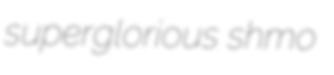
superglorious shmo